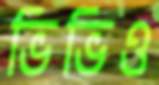
ভিভিও